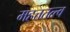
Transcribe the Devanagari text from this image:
महत्ततत्त्व